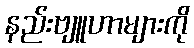
နည်းဗျူဟာများကို